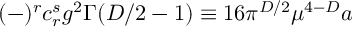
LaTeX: ( - ) ^ { r } c _ { r } ^ { s } g ^ { 2 } \Gamma ( D / 2 - 1 ) \equiv 1 6 \pi ^ { D / 2 } \mu ^ { 4 - D } a